Indian journal of veterinary science and animal husbandry - Volumes 15-17, 1948-1951
Year: 1948
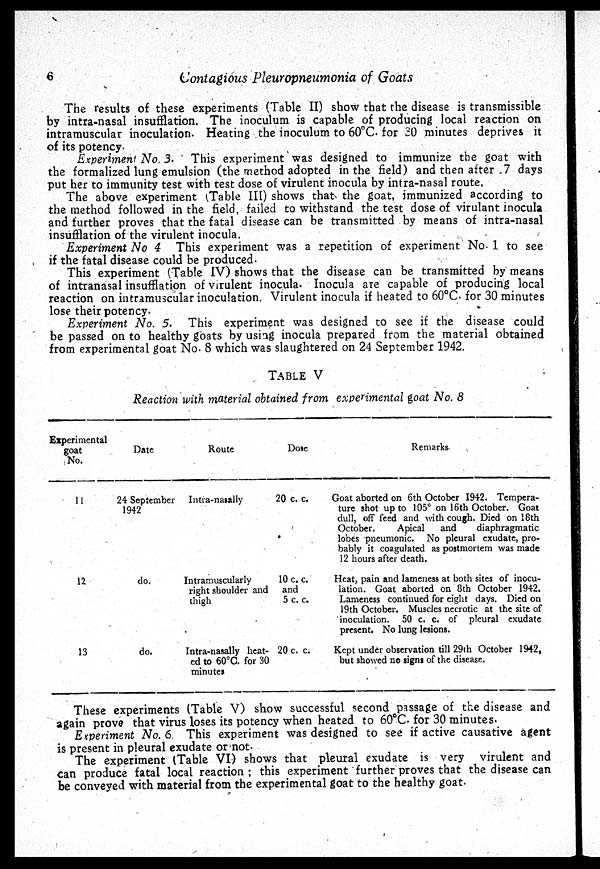
6
Contagious Pleuropneumonia of Goats
The results of these experiments (Table II) show that the disease is transmissible
by intra-nasal insufflation. The inoculum is capable of producing local reaction on
intramuscular inoculation. Heating the inoculum to 60°C. for 30 minutes deprives it
of its potency.
Experiment No. 3. This experiment was designed to immunize the goat with
the formalized lung emulsion (the method adopted in the field) and then after .7 days
put her to immunity test with test dose of virulent inocula by intra-nasal route.
The above experiment (Table III) shows that the goat, immunized according to
the method followed in the field, failed to withstand the test dose of virulant inocula
and further proves that the fatal disease can be transmitted by means of intra-nasal
insufflation of the virulent inocula.
Experiment No 4 This experiment was a repetition of experiment No. 1 to see
if the fatal disease could be produced.
This experiment (Table IV) shows that the disease can be transmitted by means
of intranasal insufflation of virulent inocula. Inocula are capable of producing local
reaction on intramuscular inoculation. Virulent inocula if heated to 60°C. for 30 minutes
lose their potency.
Experiment No. 5. This experiment was designed to see if the disease could
be passed on to healthy goats by using inocula prepared from the material obtained
from experimental goat No. 8 which was slaughtered on 24 September 1942.
TABLE V
Reaction with material obtained from experimental goat No. 8
Experimental
goat
No.
11
12
13
Date
24 September
1942
do.
do.
Route
Intra-nasally
Intramuscularly
right shoulder and
thigh
Intra-nasally heat-
ed to 60°C. for 30
minutes
Dose
20 c. c.
10 c. c.
and
5 c. c.
20 c. c.
Remarks
Goat aborted on 6th October 1942. Tempera-
ture shot up to 105° on 16th October. Goat
dull, off feed and with cough. Died on 18th
October.
Apical
and
diaphragmatic
lobes pneumonic. No pleural exudate, pro-
bably it coagulated as postmortem was made
12 hours after death.
Heat, pain and lameness at both sites of inocu-
lation. Goat aborted on 8th October 1942.
Lameness continued for eight days. Died on
19th October. Muscles necrotic at the site of
inoculation. 50 c. c. of pleural exudate
present. No lung lesions.
Kept under observation till 29th October 1942,
but showed no signs of the disease.
These experiments (Table V) show successful second passage of the disease and
again prove that virus loses its potency when heated to 60°C. for 30 minutes.
Experiment No. 6. This experiment was designed to see if active causative agent
is present in pleural exudate or not.
The experiment (Table VI) shows that pleural exudate is very virulent and
can produce fatal local reaction; this experiment further proves that the disease can
be conveyed with material from the experimental goat to the healthy goat.